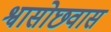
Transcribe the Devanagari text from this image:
श्वासोछवास